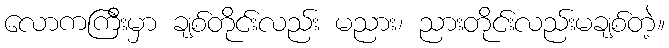
လောကကြီးမှာ ချစ်တိုင်းလည်း မညား၊ ညားတိုင်းလည်းမချစ်တဲ့။